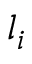
l _ { i }